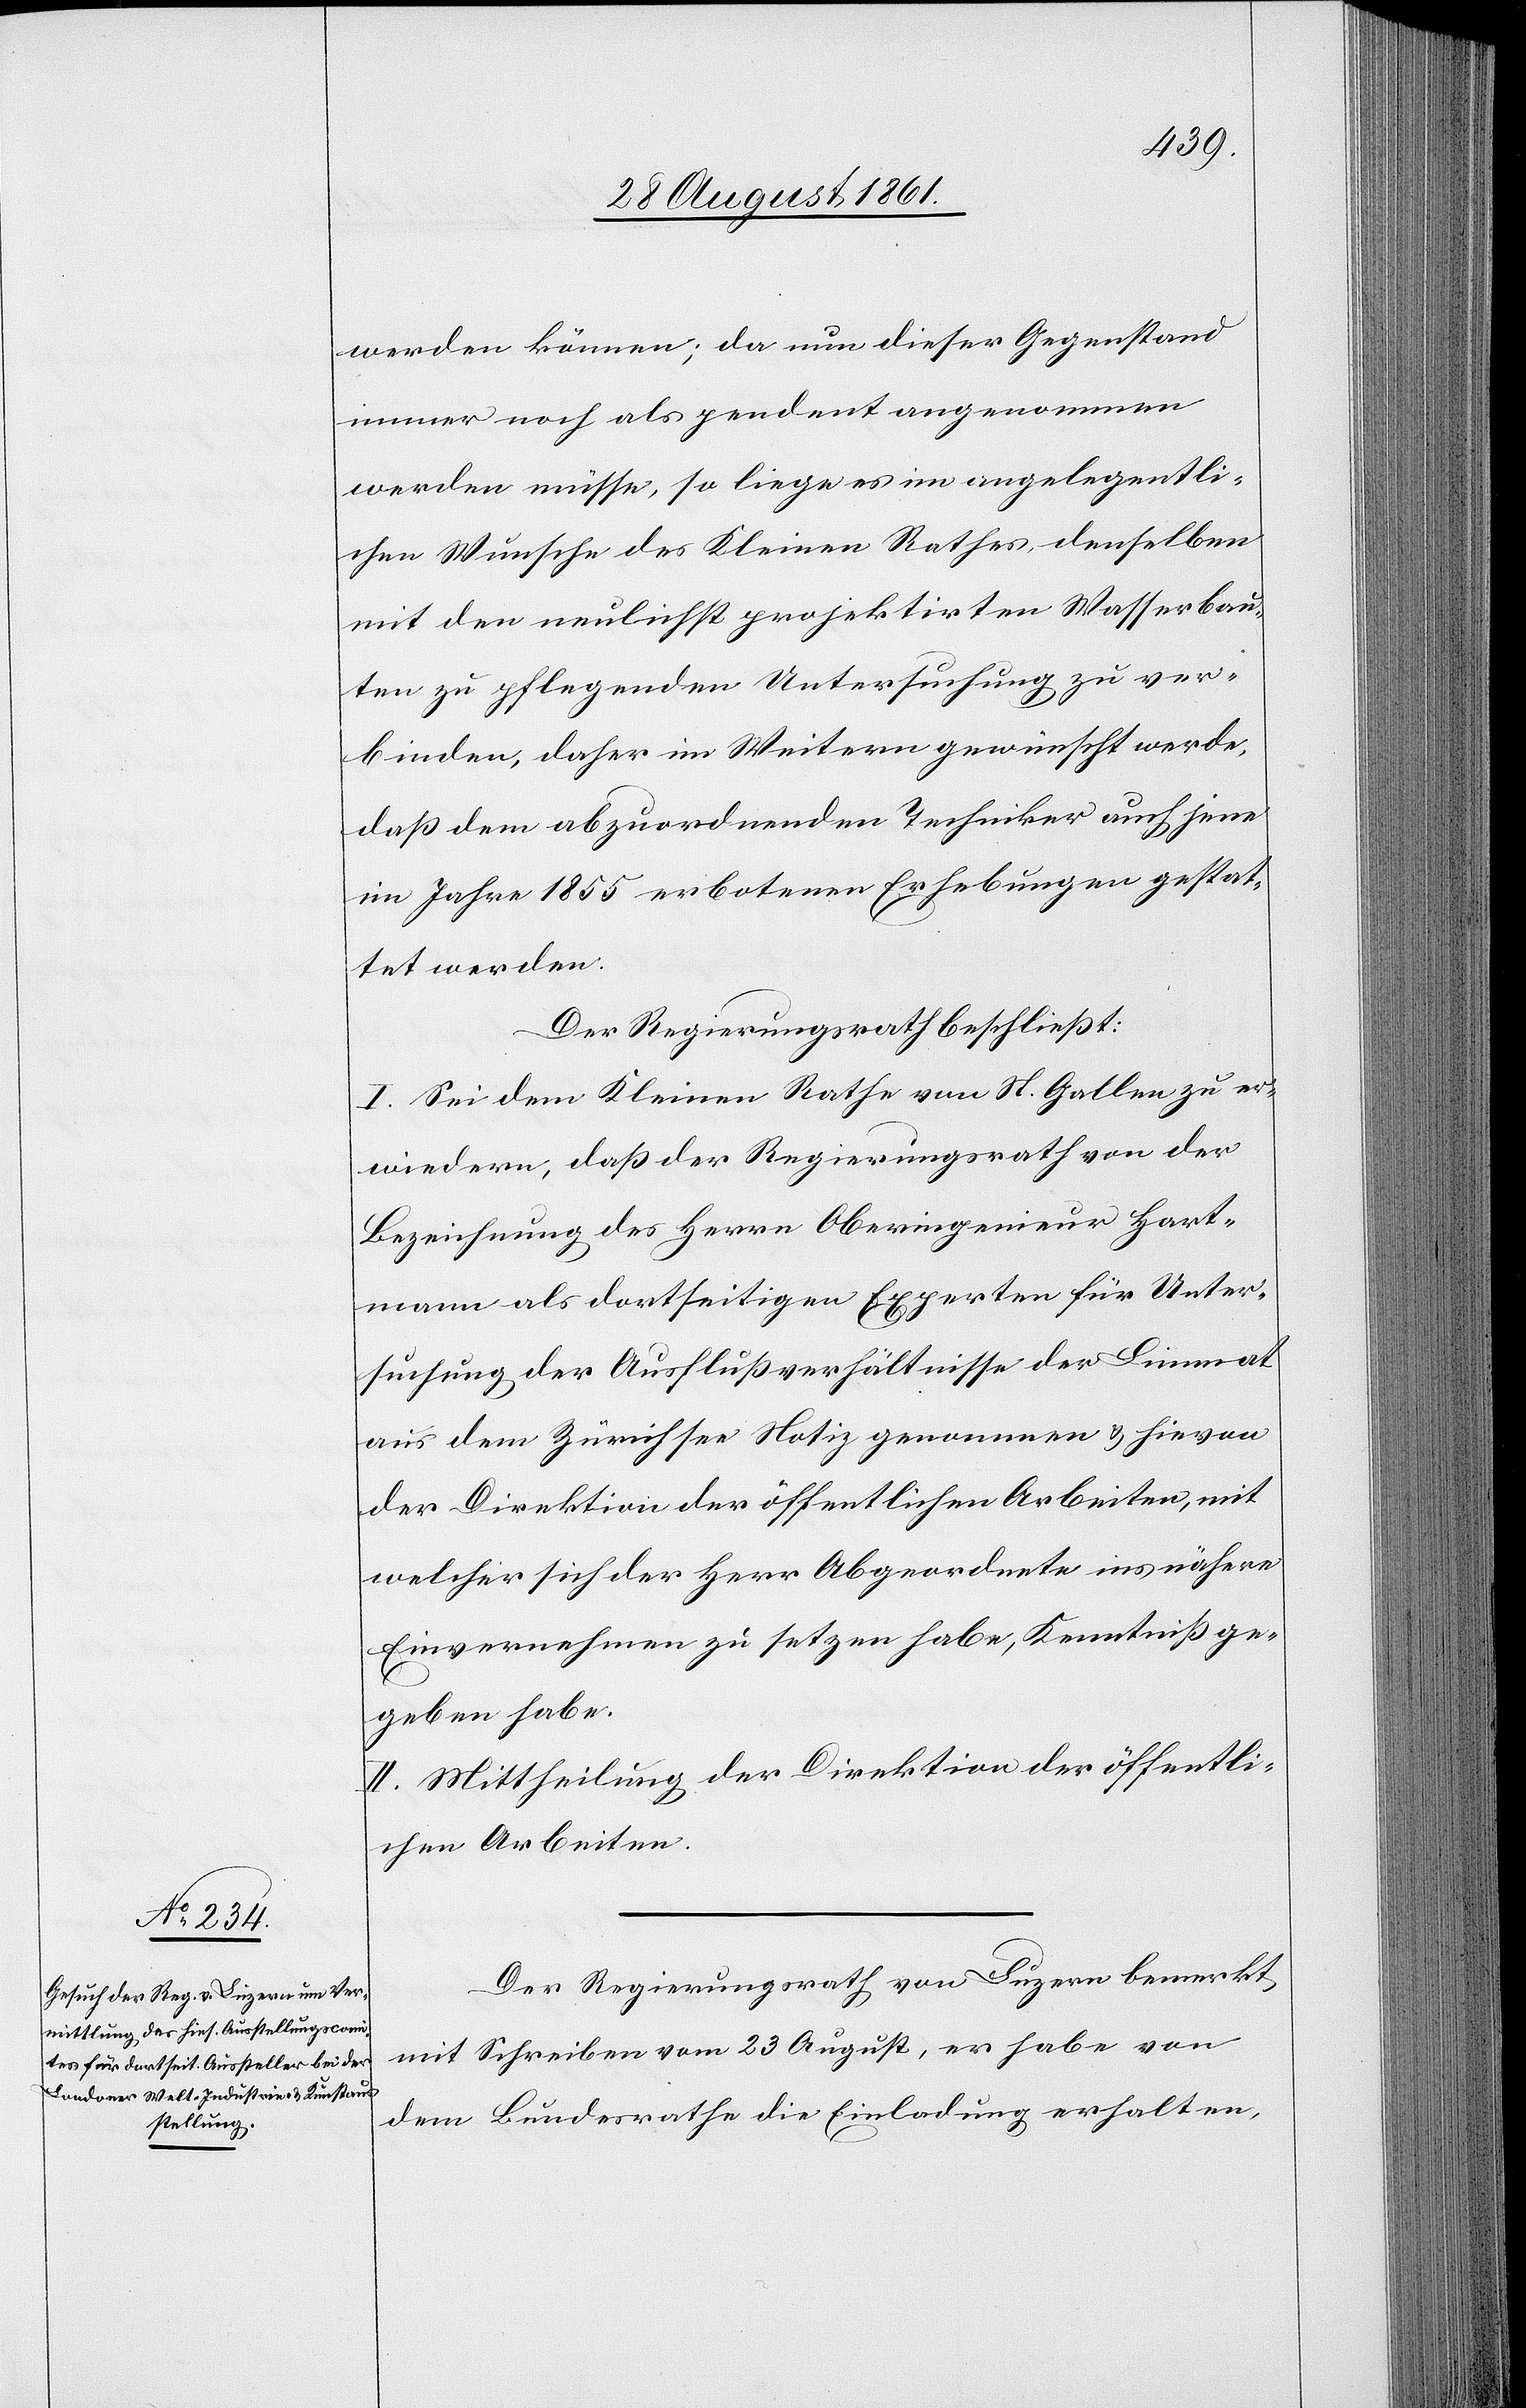
werden können; da nun dieser Gegenstand
immer noch als pendent angenommen
werden müsse, so liege es im angelegentli¬
chen Wunsche des Kleinen Rathes, denselben
mit den neulichst projektirten Wasserbau¬
ten zu pflegenden Untersuchung zu ver¬
binden, daher im Weitern gewünscht werde,
daß dem abzuordnenden Techniker auch jene
im Jahre 1855 erbotenen Erhebungen gestat¬
tet werden.
Der Regierungsrath beschließt:
I. Sei dem Kleinen Rathe von St. Gallen zu er¬
wiedern, daß der Regierungsrath von der
Bezeichnung des Herrn Oberingenieur Hart¬
mann als dortseitigen Experten für Unter¬
suchung der Ausflußverhältnisse der Limmat
aus dem Zürichsee Notiz genommen u. hievon
der Direktion der öffentlichen Arbeiten, mit
welcher sich der Herr Abgeordnete ins nähere
Einvernehmen zu setzen habe, Kenntniß ge¬
geben habe
II. Mittheilung der Direktion der öffentli¬
chen Arbeiten.
Der Regierungsrath von Luzern bemerkt
mit Schreiben vom 23 August, er habe von
dem Bundesrathe die Einladung erhalten,